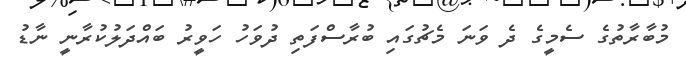
މުބާރާތުގެ ސެމީގެ ދެ ވަނަ މެޗުގައި ބުރާސްފަތި ދުވަހު ހަވީރު ބައްދަލުކުރާނީ ނާޑު